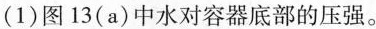
(1)图13(a)中水对容器底部的压强。